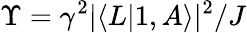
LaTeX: \Upsilon=\gamma^{2}|\langle L|1,A\rangle|^{2}/J